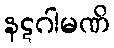
နဋဂါမဏိ